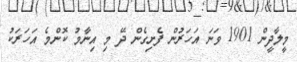
މީލާދީން 1901 ވަނަ އަހަރުން ފެށިގެން ދޭ މި އިނާމު ކޮންމެ އަހަރަކު